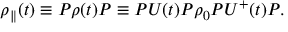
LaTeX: { \rho } _ { \parallel } ( t ) \equiv P \rho ( t ) P \equiv P U ( t ) P { \rho } _ { 0 } P U ^ { + } ( t ) P .